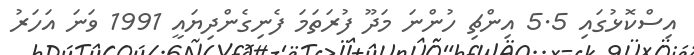
އިސްކޮޅުގައި 5.5 އިންޗި ހުންނަ މަދޫ ފުރަތަމަ ފެނިގެންދިޔައީ 1991 ވަނަ އަހަރު